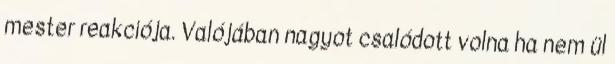
mester reakciója. Valójában nagyot csalódott volna ha nem ül